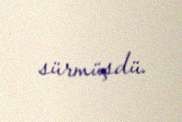
sürmüşdü.